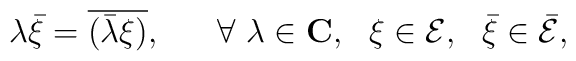
\lambda \bar{\xi} = \overline{ (\bar{\lambda} \xi)}, ~~~~~ \forall ~ \lambda \in {\bf C}, ~~  \xi \in {\cal E}, ~~ \bar{\xi} \in \bar{\cal E},